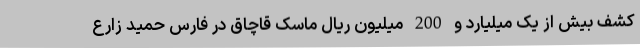
کشف بیش از یک میلیارد و 200 میلیون ریال ماسک قاچاق در فارس حمید زارع